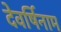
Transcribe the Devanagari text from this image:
देवर्षिनाम